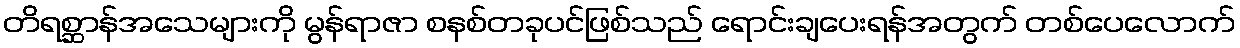
တိရစ္ဆာန်အသေများကို မွန်ရာဇာ စနစ်တခုပင်ဖြစ်သည် ရောင်းချပေးရန်အတွက် တစ်ပေလောက်